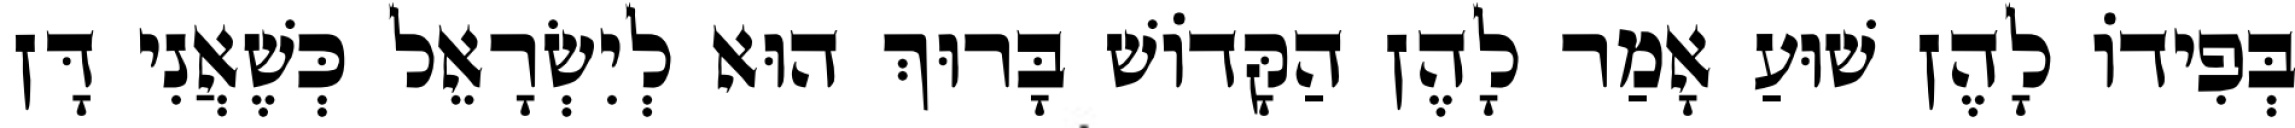
בְּפִידוֹ לָהֶן שׁוּעַ אָמַר לָהֶן הַקָּדוֹשׁ בָּרוּךְ הוּא לְיִשְׂרָאֵל כְּשֶׁאֲנִי דָּן